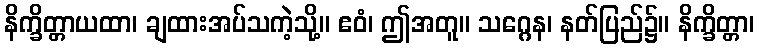
နိက္ခိတ္တာယထာ၊ ချထားအပ်သကဲ့သို့။ ဧဝံ၊ ဤအတူ။ သဂ္ဂေန၊ နတ်ပြည်၌။ နိက္ခိတ္တာ၊